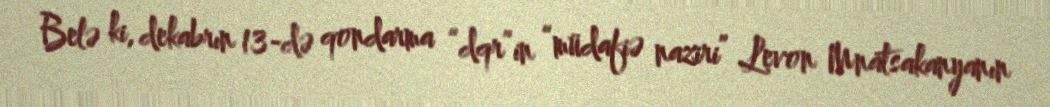
Belə ki, dekabrın 13-də qondarma “dqr”in “müdafiə naziri” Levon Mnatsakanyanın